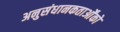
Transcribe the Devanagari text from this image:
अनुसंधानकतार्ओंको